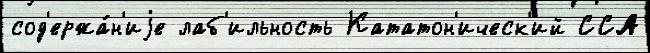
сод'ержа́н'иjе лаб'ильность Кататон'ическ'ий ССА